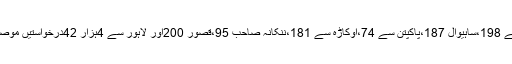
شیخوپورہ سے 198،ساہیوال 187،پاکپتن سے 74،اوکاڑہ سے 181،ننکانہ صاحب 95،قصور 200اور لاہور سے 4ہزار 42درخواستیں موصول ہوئی ہیں۔